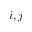
i , j